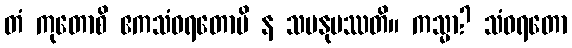
တံ ကုတောစိ ဧကသံဝရတောပိ န သမနုပဿတိ။ ကသ္မာ? သံဝရတော